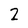
Character: 2